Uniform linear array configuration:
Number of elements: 12
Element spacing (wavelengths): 0.5
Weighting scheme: kaiser
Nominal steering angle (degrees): -45
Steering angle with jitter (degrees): -46.403
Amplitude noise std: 0.05
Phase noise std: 0.05

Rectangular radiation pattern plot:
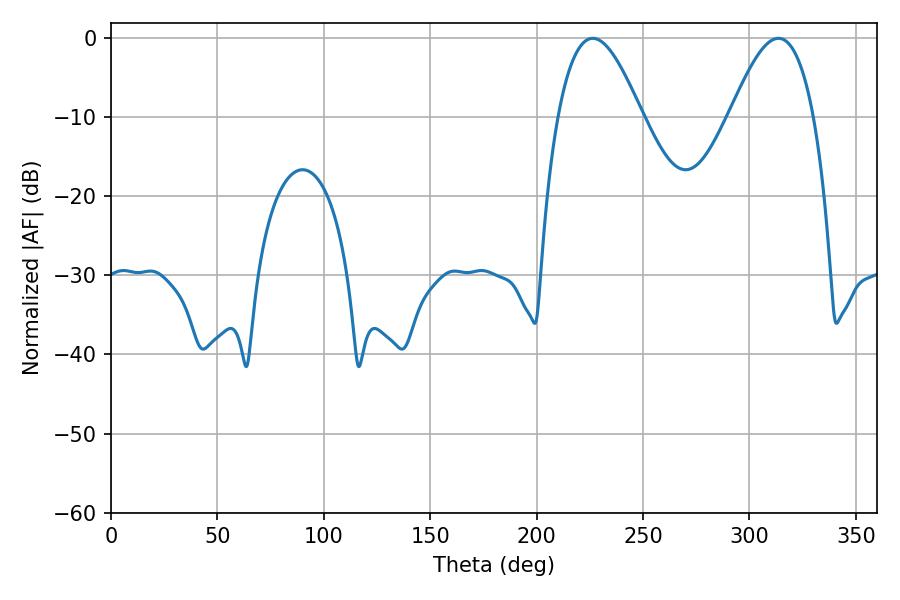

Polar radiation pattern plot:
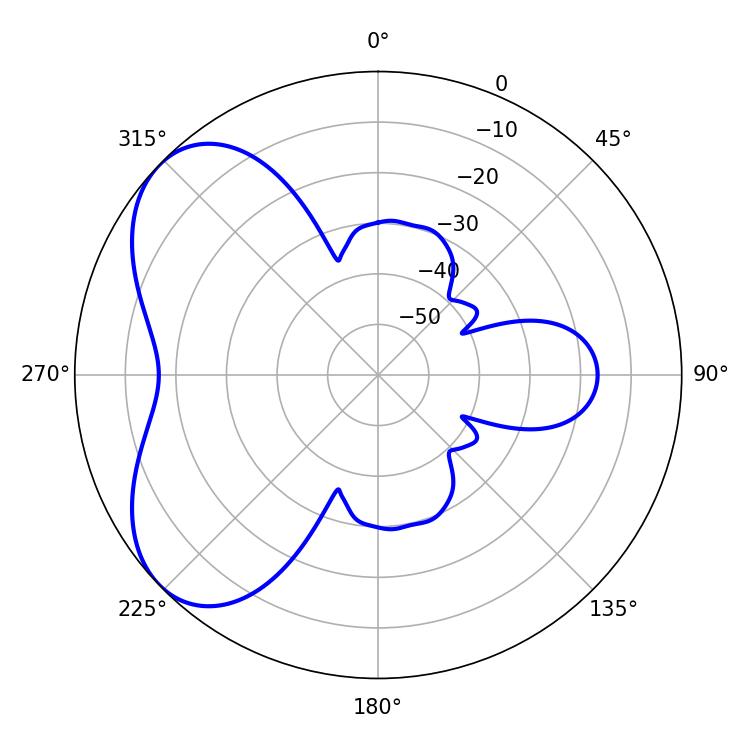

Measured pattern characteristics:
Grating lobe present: FALSE
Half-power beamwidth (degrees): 21.42
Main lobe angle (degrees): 313.56